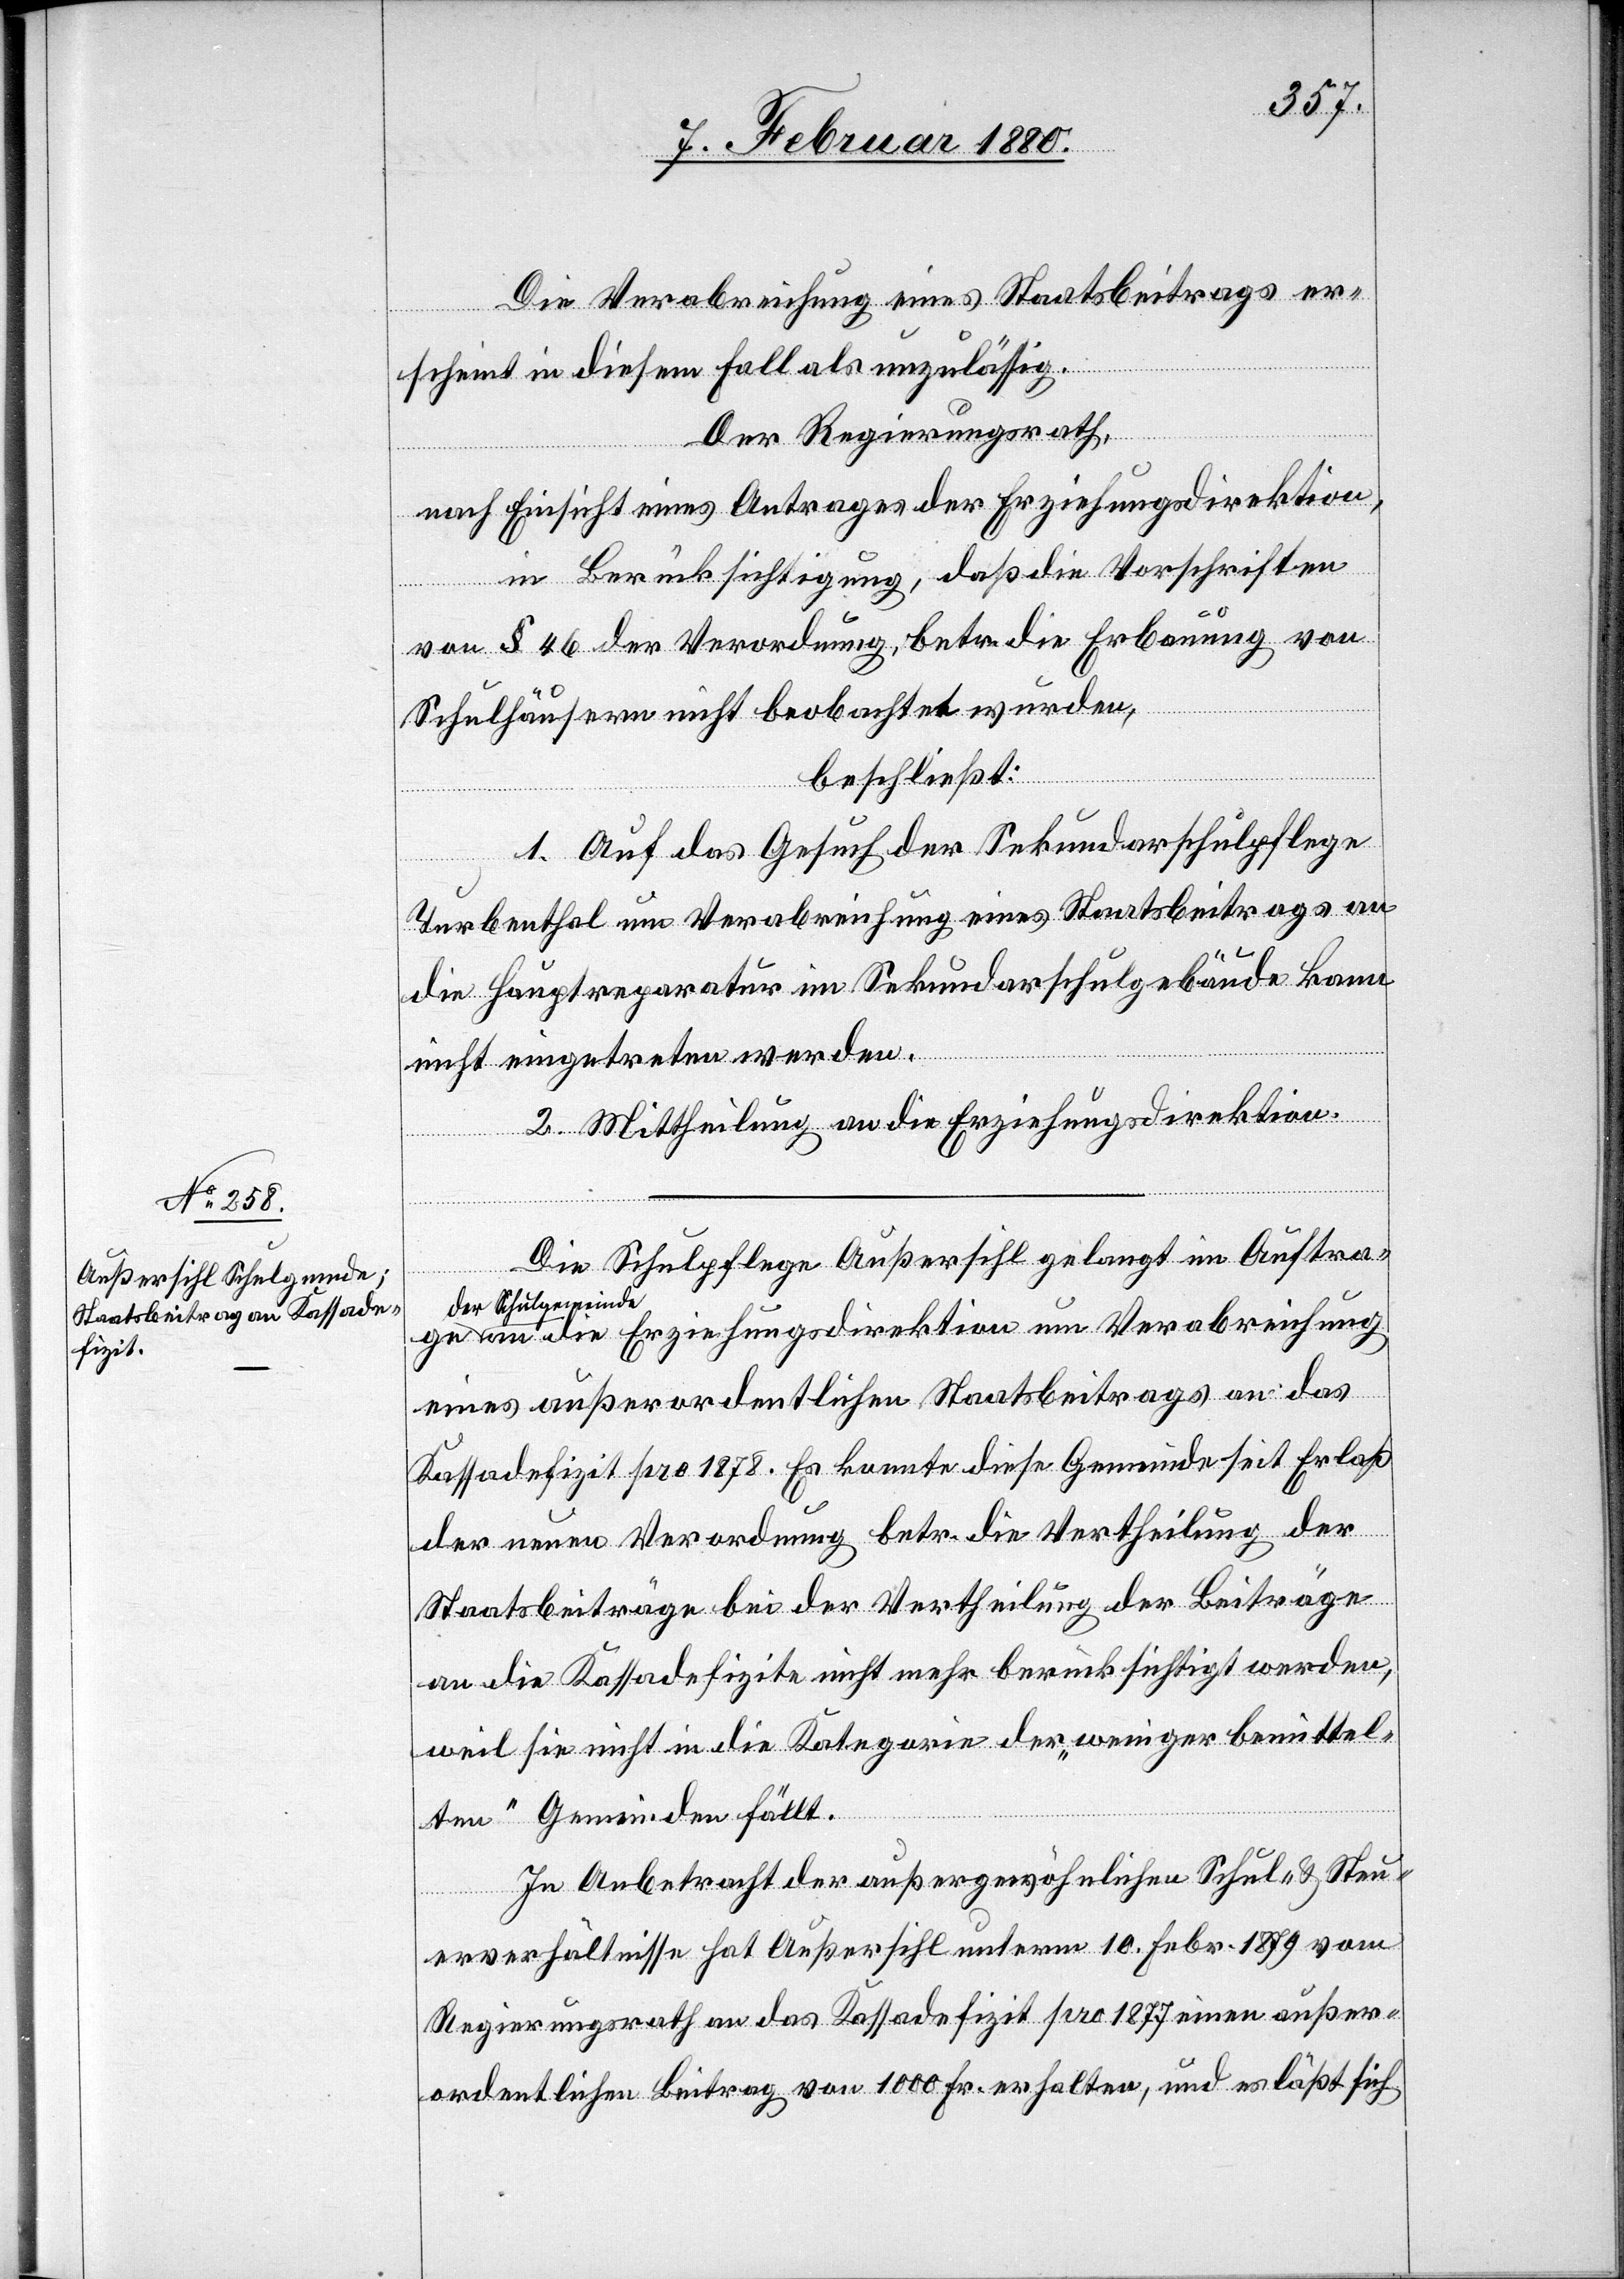
Die Verabreichung eines Staatsbeitrags er¬
scheint in diesem Fall als unzulässig.
Der Regierungsrath,
nach Einsicht eines Antrages der Erziehungsdirektion,
in Berücksichtigung, daß die Vorschriften
von § 46 der Verordnung, betr. die Erbauung von
Schulhäusern nicht beobachtet wurden,
beschließt:
1. Auf das Gesuch der Sekundarschulpflege
Turbenthal um Verabreichung eines Staatsbeitrags an
die Hauptreparatur im Sekundarschulgebäude kann
nicht eingetreten werden.
2. Mittheilung an die Erziehungsdirektion.
Die Schulpflege Außersihl gelangt im Auftra¬
g
der Schulgemeinde
an die Erziehungsdirektion um Verabreichung
eines außerordentlichen Staatsbeitrags an das
Kassadefizit pro 1878. Es konnte diese Gemeinde seit Erlaß
der neuen Verordnung betr. die Vertheilung der
Staatsbeiträge bei der Vertheilung der Beiträge
an die Kassadefizite nicht mehr berücksichtigt werden,
weil sie nicht in die Kategorie der „weniger bemittel¬
ten“ Gemeinde fällt.
In Anbetracht der außergewöhnlichen Schul- & Steu¬
erverhältnisse hat Außersihl unterm 10. Febr. 1879 vom
Regierungsrath an das Kassadefizit pro 1877 einen außer¬
ordentlichen Beitrag von 1000 Fr. erhalten, und es läßt sich